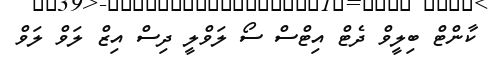
ކާންޓް ބިލީވް ދެޓް އިޓްސް ސޯ ލަވްލީ ދިސް އިޒް ލަވް ލަވް